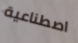
اصطناعية